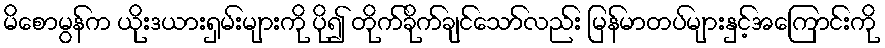
မိစောမွန်က ယိုးဒယားရှမ်းများကို ပို၍ တိုက်ခိုက်ချင်သော်လည်း မြန်မာတပ်များနှင့်အကြောင်းကို